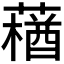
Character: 𰱽